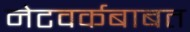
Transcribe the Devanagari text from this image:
नेटवर्कबाबत